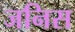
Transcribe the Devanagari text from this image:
जनिस